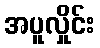
အပူလှိုင်း